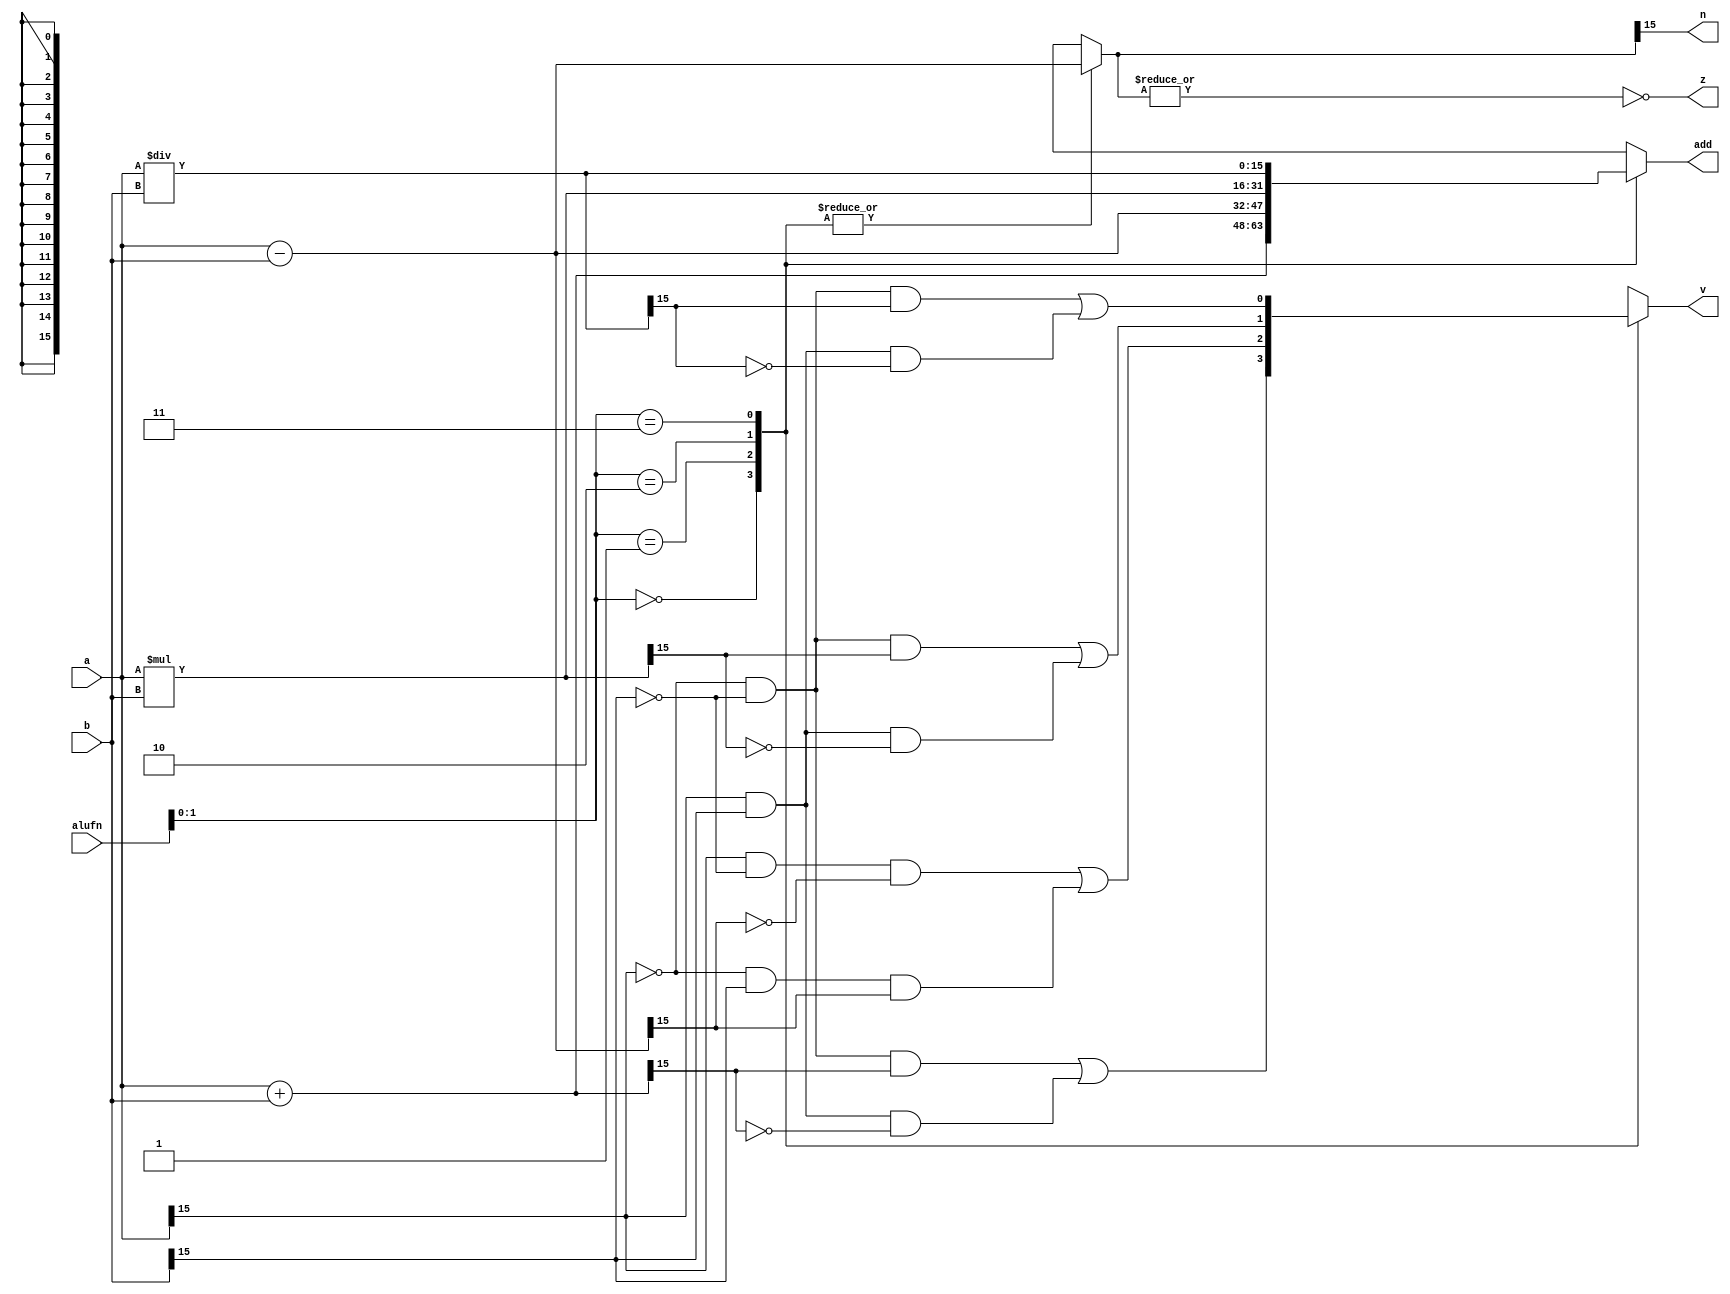
/*
   This file was generated automatically by Alchitry Labs version 1.1.6.
   Do not edit this file directly. Instead edit the original Lucid source.
   This is a temporary file and any changes made to it will be destroyed.
*/

module adder16b_15 (
    input [15:0] a,
    input [15:0] b,
    input [5:0] alufn,
    output reg [15:0] add,
    output reg z,
    output reg v,
    output reg n
  );
  
  
  
  reg [15:0] adder;
  
  reg [15:0] subber;
  
  reg overflow;
  
  always @* begin
    
    case (alufn[0+1-:2])
      2'h0: begin
        adder = a + b;
        subber = a - b;
        overflow = (~a[15+0-:1] & ~b[15+0-:1] & adder[15+0-:1]) | (a[15+0-:1] & b[15+0-:1] & ~adder[15+0-:1]);
      end
      2'h1: begin
        adder = a - b;
        subber = a - b;
        overflow = (a[15+0-:1] & ~b[15+0-:1] & ~subber[15+0-:1]) | (~a[15+0-:1] & b[15+0-:1] & subber[15+0-:1]);
      end
      2'h2: begin
        adder = a * b;
        subber = a - b;
        overflow = (~a[15+0-:1] & ~b[15+0-:1] & adder[15+0-:1]) | (a[15+0-:1] & b[15+0-:1] & ~adder[15+0-:1]);
      end
      2'h3: begin
        adder = a / b;
        subber = a - b;
        overflow = (~a[15+0-:1] & ~b[15+0-:1] & adder[15+0-:1]) | (a[15+0-:1] & b[15+0-:1] & ~adder[15+0-:1]);
      end
      default: begin
        adder = a + b;
        subber = a - b;
        overflow = 1'h0;
      end
    endcase
    z = (~|subber);
    n = subber[15+0-:1];
    add = adder;
    v = overflow;
  end
endmodule